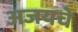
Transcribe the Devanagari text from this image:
अजयचे